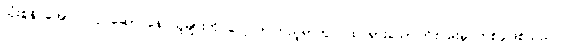
သုံးစွဲနိုင်အောင် လုပ်ဆောင်နေ သူများကို လေ့လာကြည့်ရာတွင် ထင်ရှားသောကြိုးပမ်းမှု တစ်ခုဖြစ်သည်။